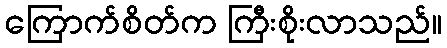
ကြောက်စိတ်က ကြီးစိုးလာသည်။